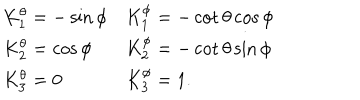
LaTeX: \begin{array} { l l } { { K _ { 1 } ^ { \theta } = - \sin \phi } } & { { K _ { 1 } ^ { \phi } = - \cot \theta \cos \phi } } \\ { { K _ { 2 } ^ { \theta } = \cos \phi } } & { { K _ { 2 } ^ { \phi } = - \cot \theta \sin \phi } } \\ { { K _ { 3 } ^ { \theta } = 0 } } & { { K _ { 3 } ^ { \phi } = 1 . } } \\ \end{array}